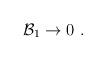
LaTeX: \begin{align*}{\cal B}_1 \rightarrow 0 \ .\end{align*}